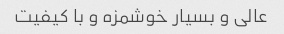
عالی و بسیار خوشمزه و با کیفیت